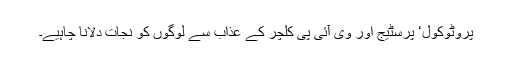
پروٹوکول‘ پرسٹیج اور وی آئی پی کلچر کے عذاب سے لوگوں کو نجات دلانا چاہیے۔